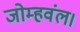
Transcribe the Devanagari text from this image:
जोम्हवंल।